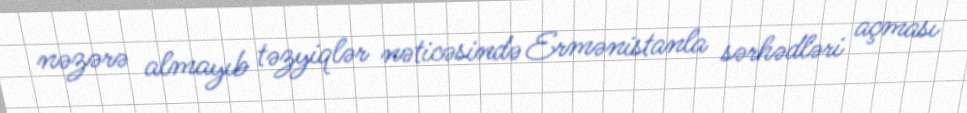
nəzərə almayıb təzyiqlər nəticəsində Ermənistanla sərhədləri açması